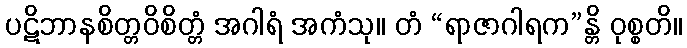
ပဋိဘာနစိတ္တဝိစိတ္တံ အဂါရံ အကံသု။ တံ “ရာဇာဂါရက”န္တိ ဝုစ္စတိ။